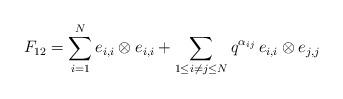
LaTeX: \begin{align*}F_{12} = \sum_{i=1}^{N} e_{i,i} \otimes e_{i,i} + \sum_{1 \le i \ne j \le N} q^{\alpha_{ij}} \, e_{i,i} \otimes e_{j,j}\end{align*}